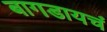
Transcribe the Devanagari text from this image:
बागडायचं